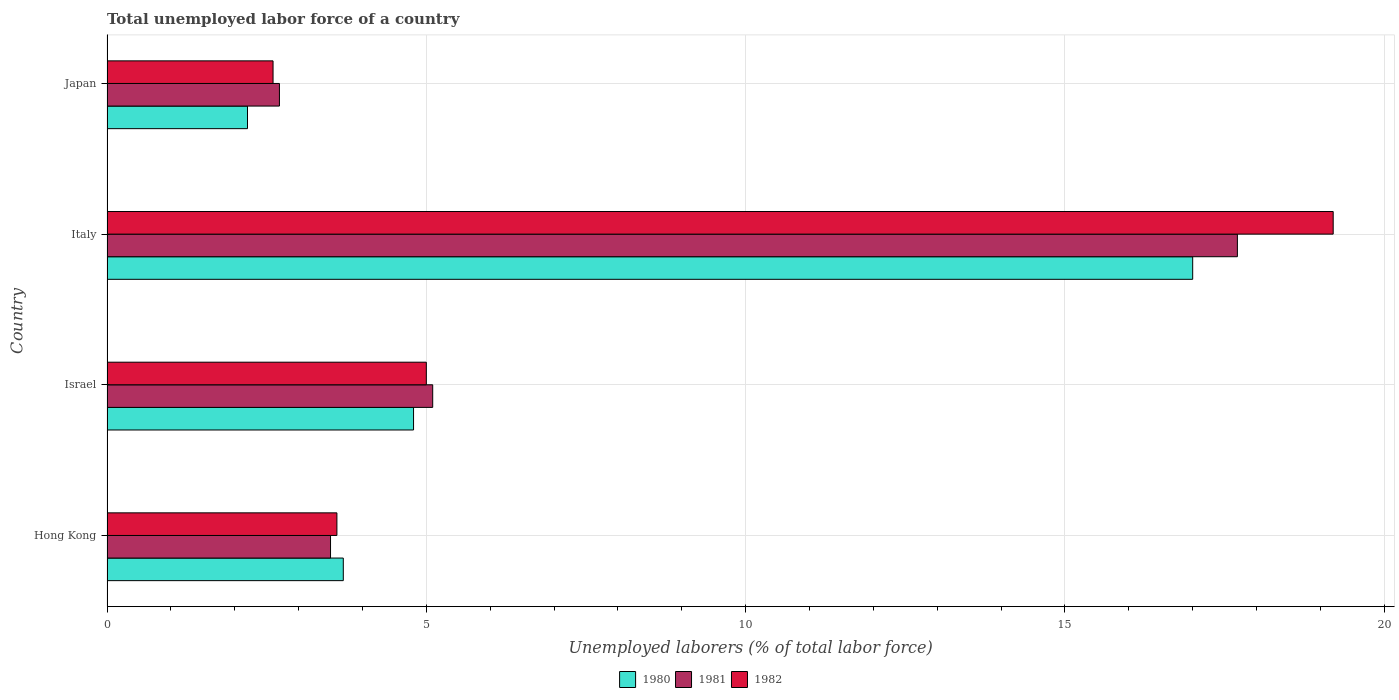
| Country | 1980 | 1981 | 1982 |
 | --- | --- | --- | --- |
 | Hong Kong | 3.7 | 3.5 | 3.6 |
 | Israel | 4.8 | 5.1 | 5 |
 | Italy | 17 | 17.7 | 19.2 |
 | Japan | 2.2 | 2.7 | 2.6 |